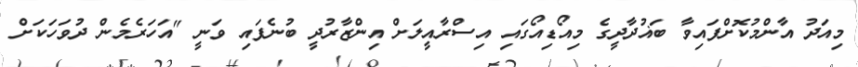
މިއަދު އާންމުކޮށްފައިވާ ބަޣުދާދީގެ މިއޯޑިއޯގައި އިސްރާއީލަށް އިންޒާރުދީ ބުނެފައި ވަނީ "އަހަރެމެން ދުވަހަކަށް